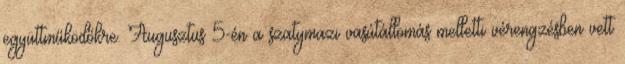
együttműködőkre. Augusztus 5-én a szatymazi vasútállomás melletti vérengzésben vett